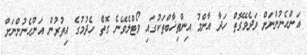
އަންހެނުންނަށް ވަދެވޭގޮތް ހަދާ އާންމު އިންތިޚާބްތަކުގައި ވޯޓްލެވޭނެ ގޮތް ހެދުމުގެ އިތުރުން އަންހެނުންނަށް